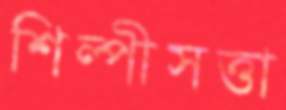
শিল্পীসত্তা